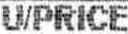
U/PRICE